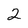
Character: 2